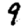
Digit: 9